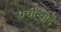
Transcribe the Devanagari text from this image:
प्रचीन्वाद